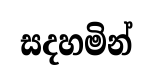
සදහමින්